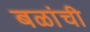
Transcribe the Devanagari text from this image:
बळांची